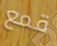
قمع